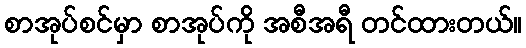
စာအုပ်စင်မှာ စာအုပ်ကို အစီအရီ တင်ထားတယ်။